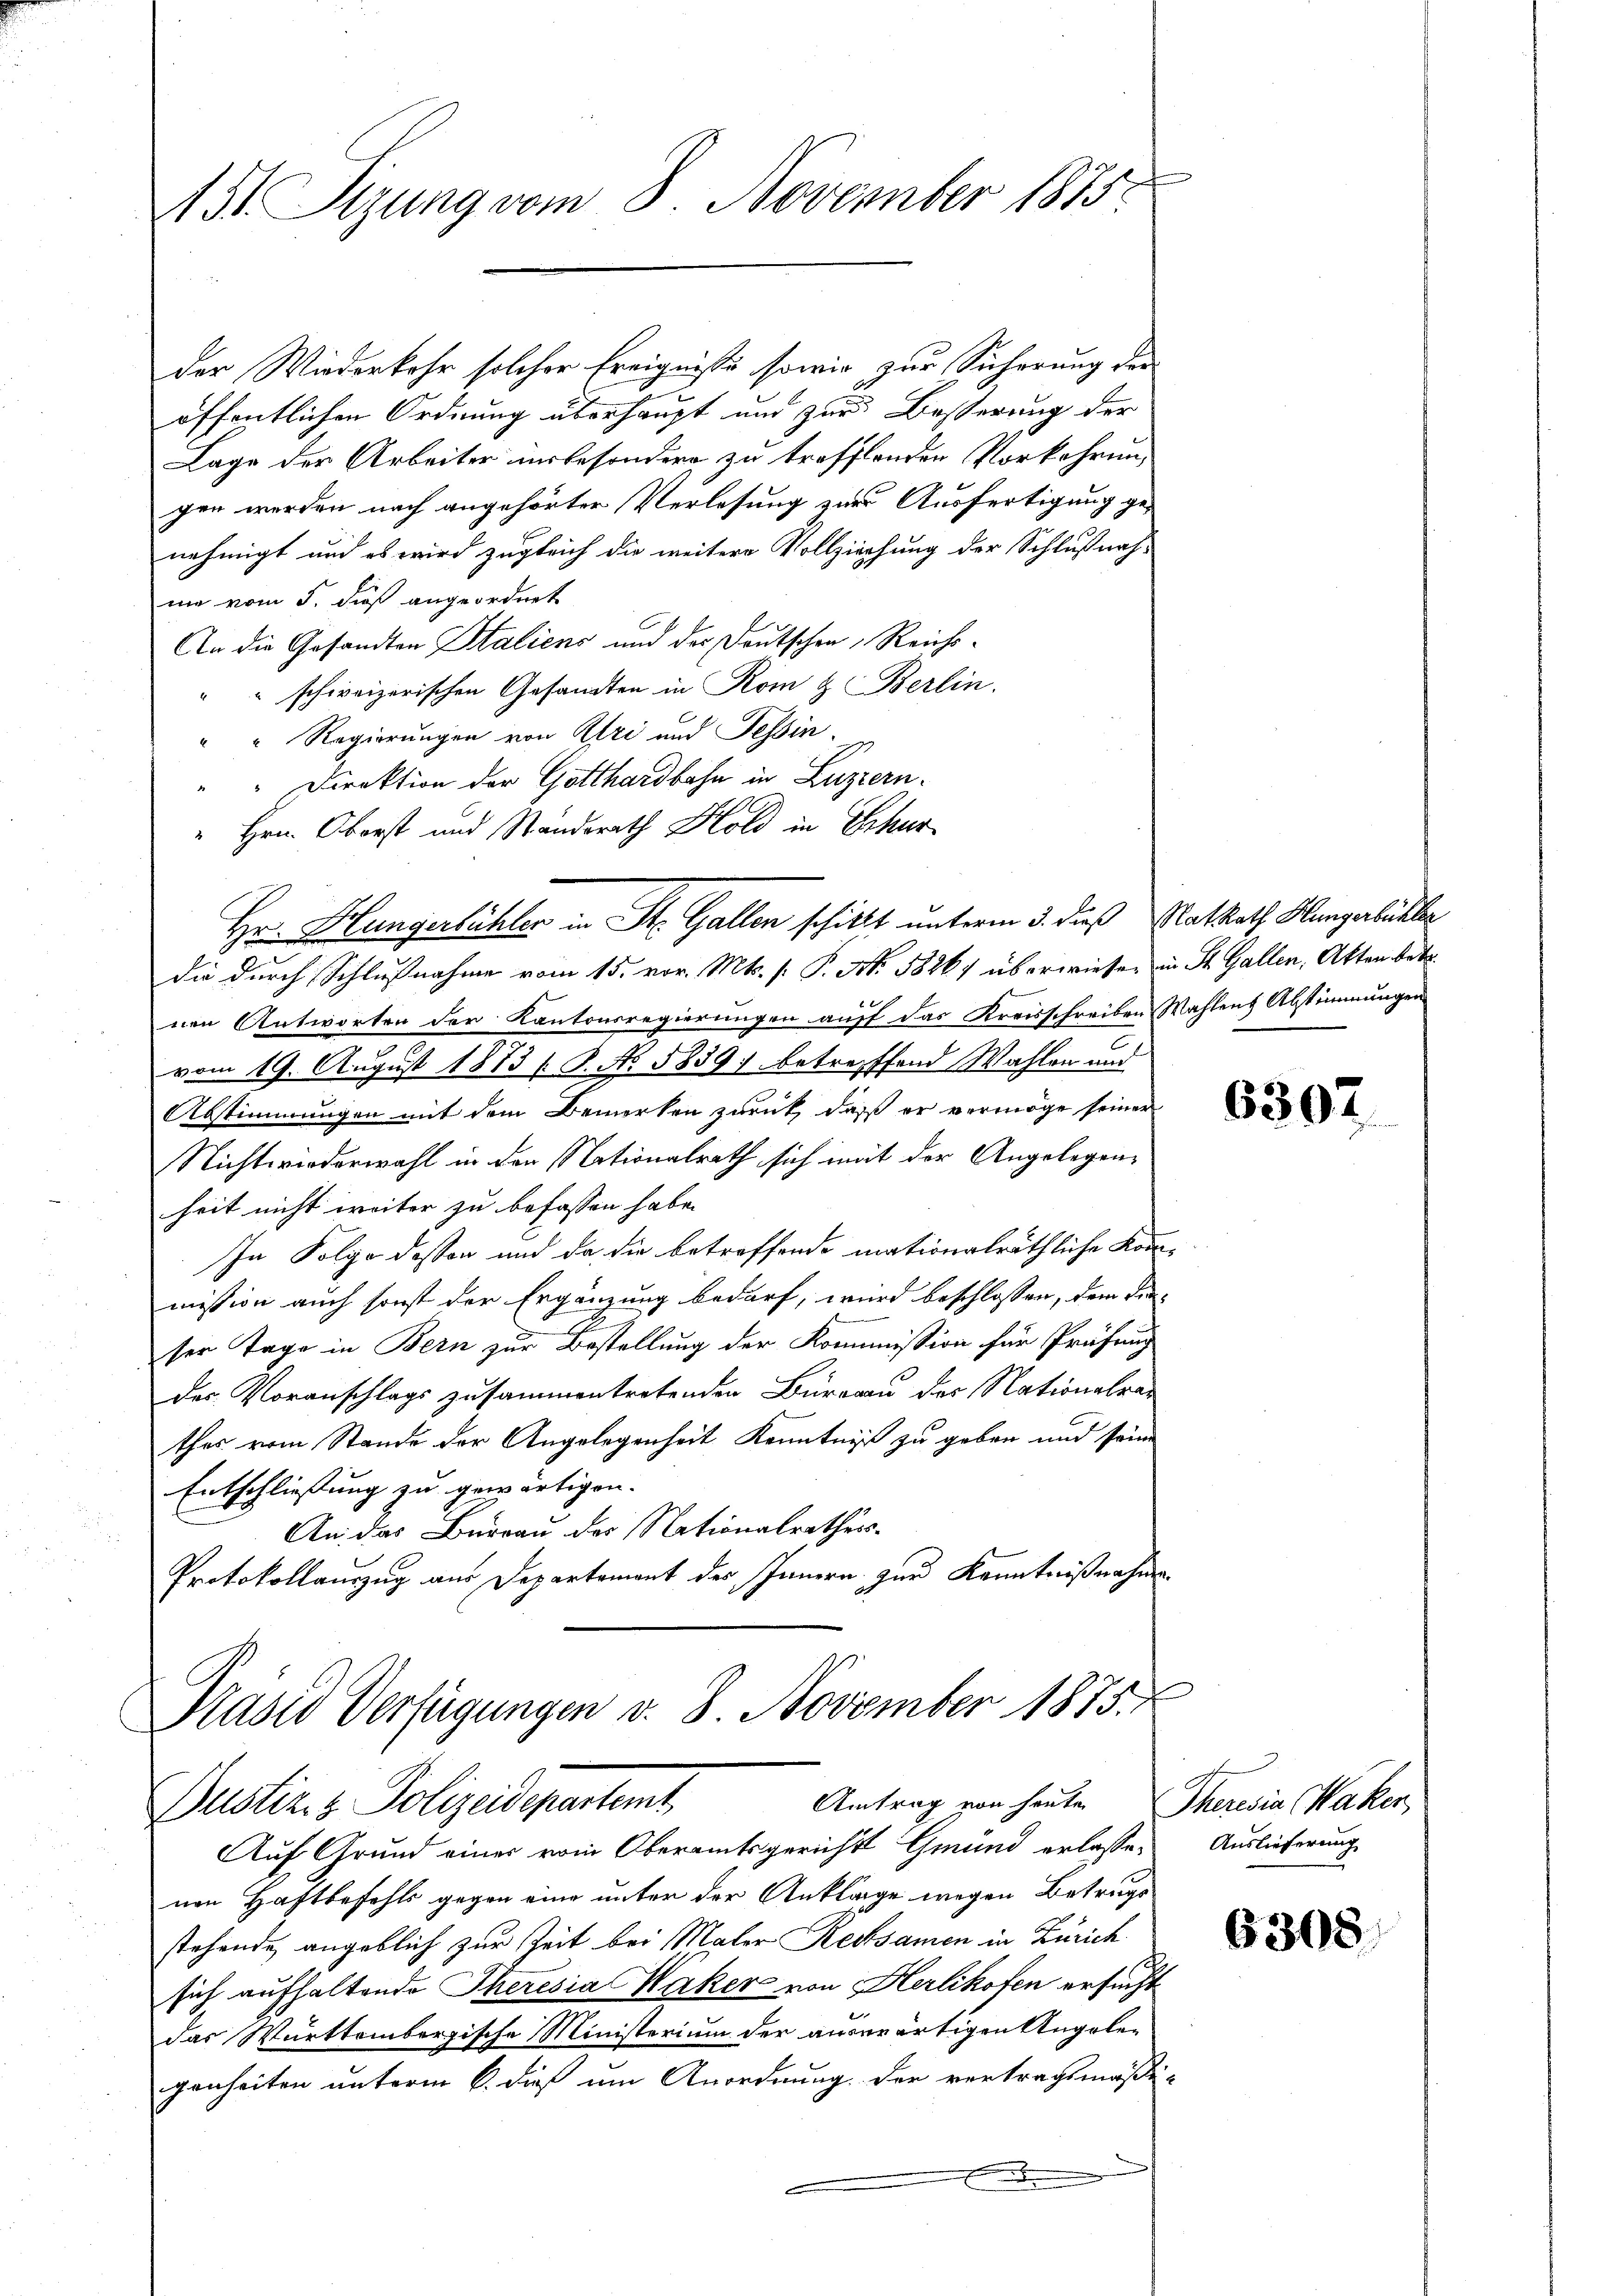
451 Sizung vom 8. November 1875.

der Wiederkehr solcher Ereignisse sowie zur Sicherung der
öffentlichen Ordnung überhaupt und zur Besserung der
Lage der Arbeiter insbesondern zu treffenden Vorkehrung
gen werden nach angehörter Verlesung zur Ausfertigung ge-
nehmigt und es wird zugleich die weitere Vollziehung der Schlußnah-
ma vom 5. dieß angeordnet
An die Gesandten Staliens und der Deutschen, Reichs¬
"" schweizerischen Gesandten in Rom & Berlin.
" " Regierungen von Uri und Tessin.
" Direktion der Gotthardbahn in Luzern.
" Hrn. Oberst und Standerath Hold in Schur
die durch Schlußnahme vom 15. vor. Mts. (: P. Nr. 18267 überwiesen in St. Gallen, Akten bet
nen Antworten der Kantonsregierungen auff das Kreisschreiben Wahlen Abstimmungen
vom 19. August 1873 (S. No. 5859 betreffend Wahlen und
Abstimmungen mit dem Bemerken zurück, daß er vermöge seiner
Nichtwiederwahl in den Nationalrath sich mit der Angelegenheit nicht weiter zu befassen habe.
In Folge dessen und da die betreffende mationalräthliche Kommission auch sonst der Ergänzung bedarf, wird beschlossen, dem Fraser Tage in Bern zur Bestellung der Kommission für Prüfung
der Voranschlags zusammentretenden Büreau der Nationalrat
thes vom Stande der Angelegenheit Kenntniß zu geben und seine
Entschliessung zu gewärtigen.
An das Burrau der Nationalrathess-
Protokollauszug aus Departement des Innern zur Kenntnißnahme

Hr. Hungerbühler in St. Gallen schickt unterm 3. dieß Matrath Hungarbisher

Präsid Verfügungen v. 8. November 1875.
Antrag von heuten Theresia Waker
Bustiz- & Polizeidepartemt

Auf Grund einer vom Oberamtsgerichts Gmünd erlassenen Haftbefehls gegen eine unter der Ankläge wegen Betrugs
stehende angeblich zur Zeit bei Maler Rebsamen in Zürich
sich aufhaltende Theresia Waker von Herlikofen ersucht
das Württembergische Ministerium der auswärtigen Angelegenheiten unterm 6. dieß um Anordnung der vertragsmäßi-
x

6307

Auslieferung

6308